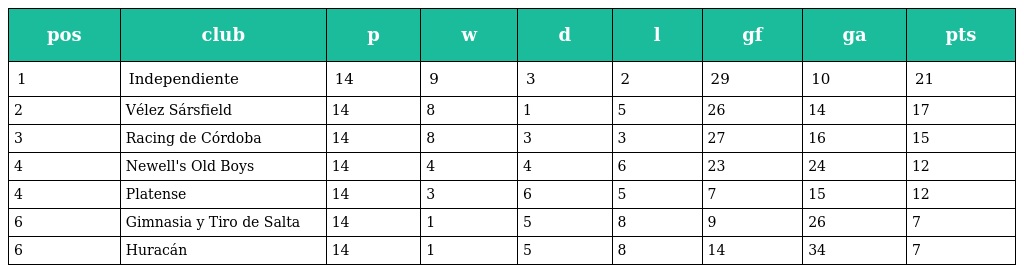
| pos | club | p | w | d | l | gf | ga | pts |
 | --- | --- | --- | --- | --- | --- | --- | --- | --- |
 | 1 | Independiente | 14 | 9 | 3 | 2 | 29 | 10 | 21 |
 | 2 | Vélez Sársfield | 14 | 8 | 1 | 5 | 26 | 14 | 17 |
 | 3 | Racing de Córdoba | 14 | 8 | 3 | 3 | 27 | 16 | 15 |
 | 4 | Newell's Old Boys | 14 | 4 | 4 | 6 | 23 | 24 | 12 |
 | 4 | Platense | 14 | 3 | 6 | 5 | 7 | 15 | 12 |
 | 6 | Gimnasia y Tiro de Salta | 14 | 1 | 5 | 8 | 9 | 26 | 7 |
 | 6 | Huracán | 14 | 1 | 5 | 8 | 14 | 34 | 7 |